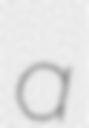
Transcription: a